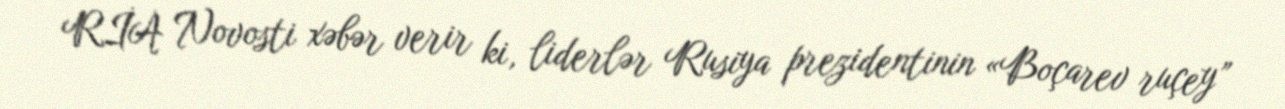
RİA Novosti xəbər verir ki, liderlər Rusiya prezidentinin «Boçarev ruçey”